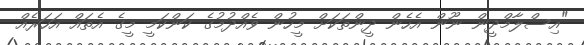
"އިސްލާމްދީން ނޫން އެހެން ދީންތަކަށް މީހުން ވެއްދުމުގެ ކަންކަމީ މީގެ އެތައް އަހަރެއް